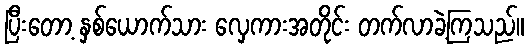
ပြီးတော့ နှစ်ယောက်သား လှေကားအတိုင်း တက်လာခဲ့ကြသည်။